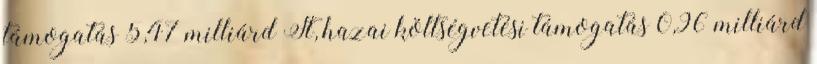
támogatás 5,47 milliárd Ft, hazai költségvetési támogatás 0,96 milliárd